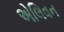
એલિવન